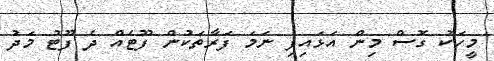
މީހަކު ގޮސް މިން އަޅައިފި ނަމަ ފަރާތަކުން ފޫޓެއް ދެ ފޫޓު މަދު